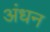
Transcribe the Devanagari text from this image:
अंधन